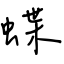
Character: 蝶